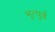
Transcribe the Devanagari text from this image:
भूत्पुर्व